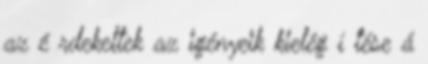
az é rdekeltek az igényeik kielég í tése á